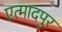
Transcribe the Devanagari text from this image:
एत्मादपुर